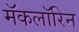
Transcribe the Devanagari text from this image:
मॅकलॉरिन